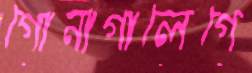
গোনাগালেগে